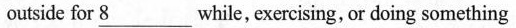
outside for \underline{8} while, exercising, or doing something